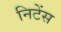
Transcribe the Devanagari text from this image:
निटेंस